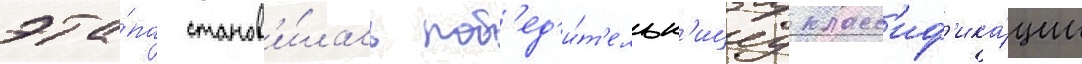
эта́па станов'и́лась поб'ед'и́т'ельн'ицеу класс'иф'ика́ции